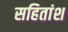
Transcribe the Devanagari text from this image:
सहितांश